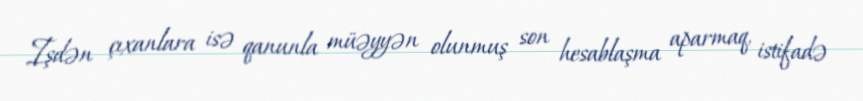
Işdən çıxanlara isə qanunla müəyyən olunmuş son hesablaşma aparmaq, istifadə